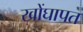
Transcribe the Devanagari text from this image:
खोंघापत